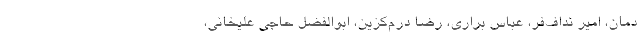
دمان، امیر نداف‌فر، عباس براری، رضا درم‌کزین، ابوالفضل حاجی علیخانی،